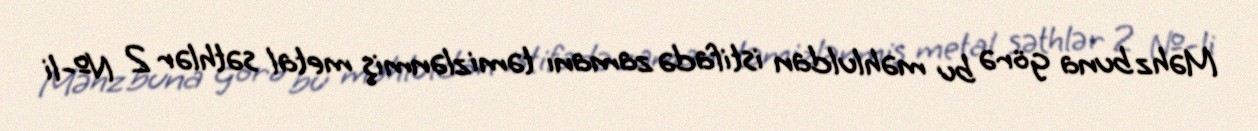
Məhz buna görə bu məhluldan istifadə zamanı təmizlənmiş metal səthlər 2 №-li